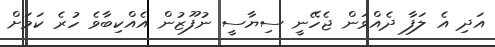
އަދި އެ ލަފާ ދެއްވަން ޖެހޭނީ ސިޔާސީ ނުފޫޒުން އެއްކިބާވެ ހުރެ ކަމަށް